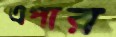
এপার